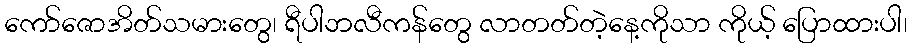
ကော်ဇောအိတ်သမားတွေ၊ ရီပါဘလီကန်တွေ လာတတ်တဲ့နေ့ကိုသာ ကိုယ့် ပြောထားပါ၊